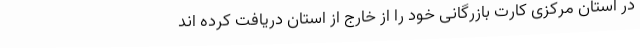
در استان مرکزی کارت بازرگانی خود را از خارج از استان دریافت کرده اند